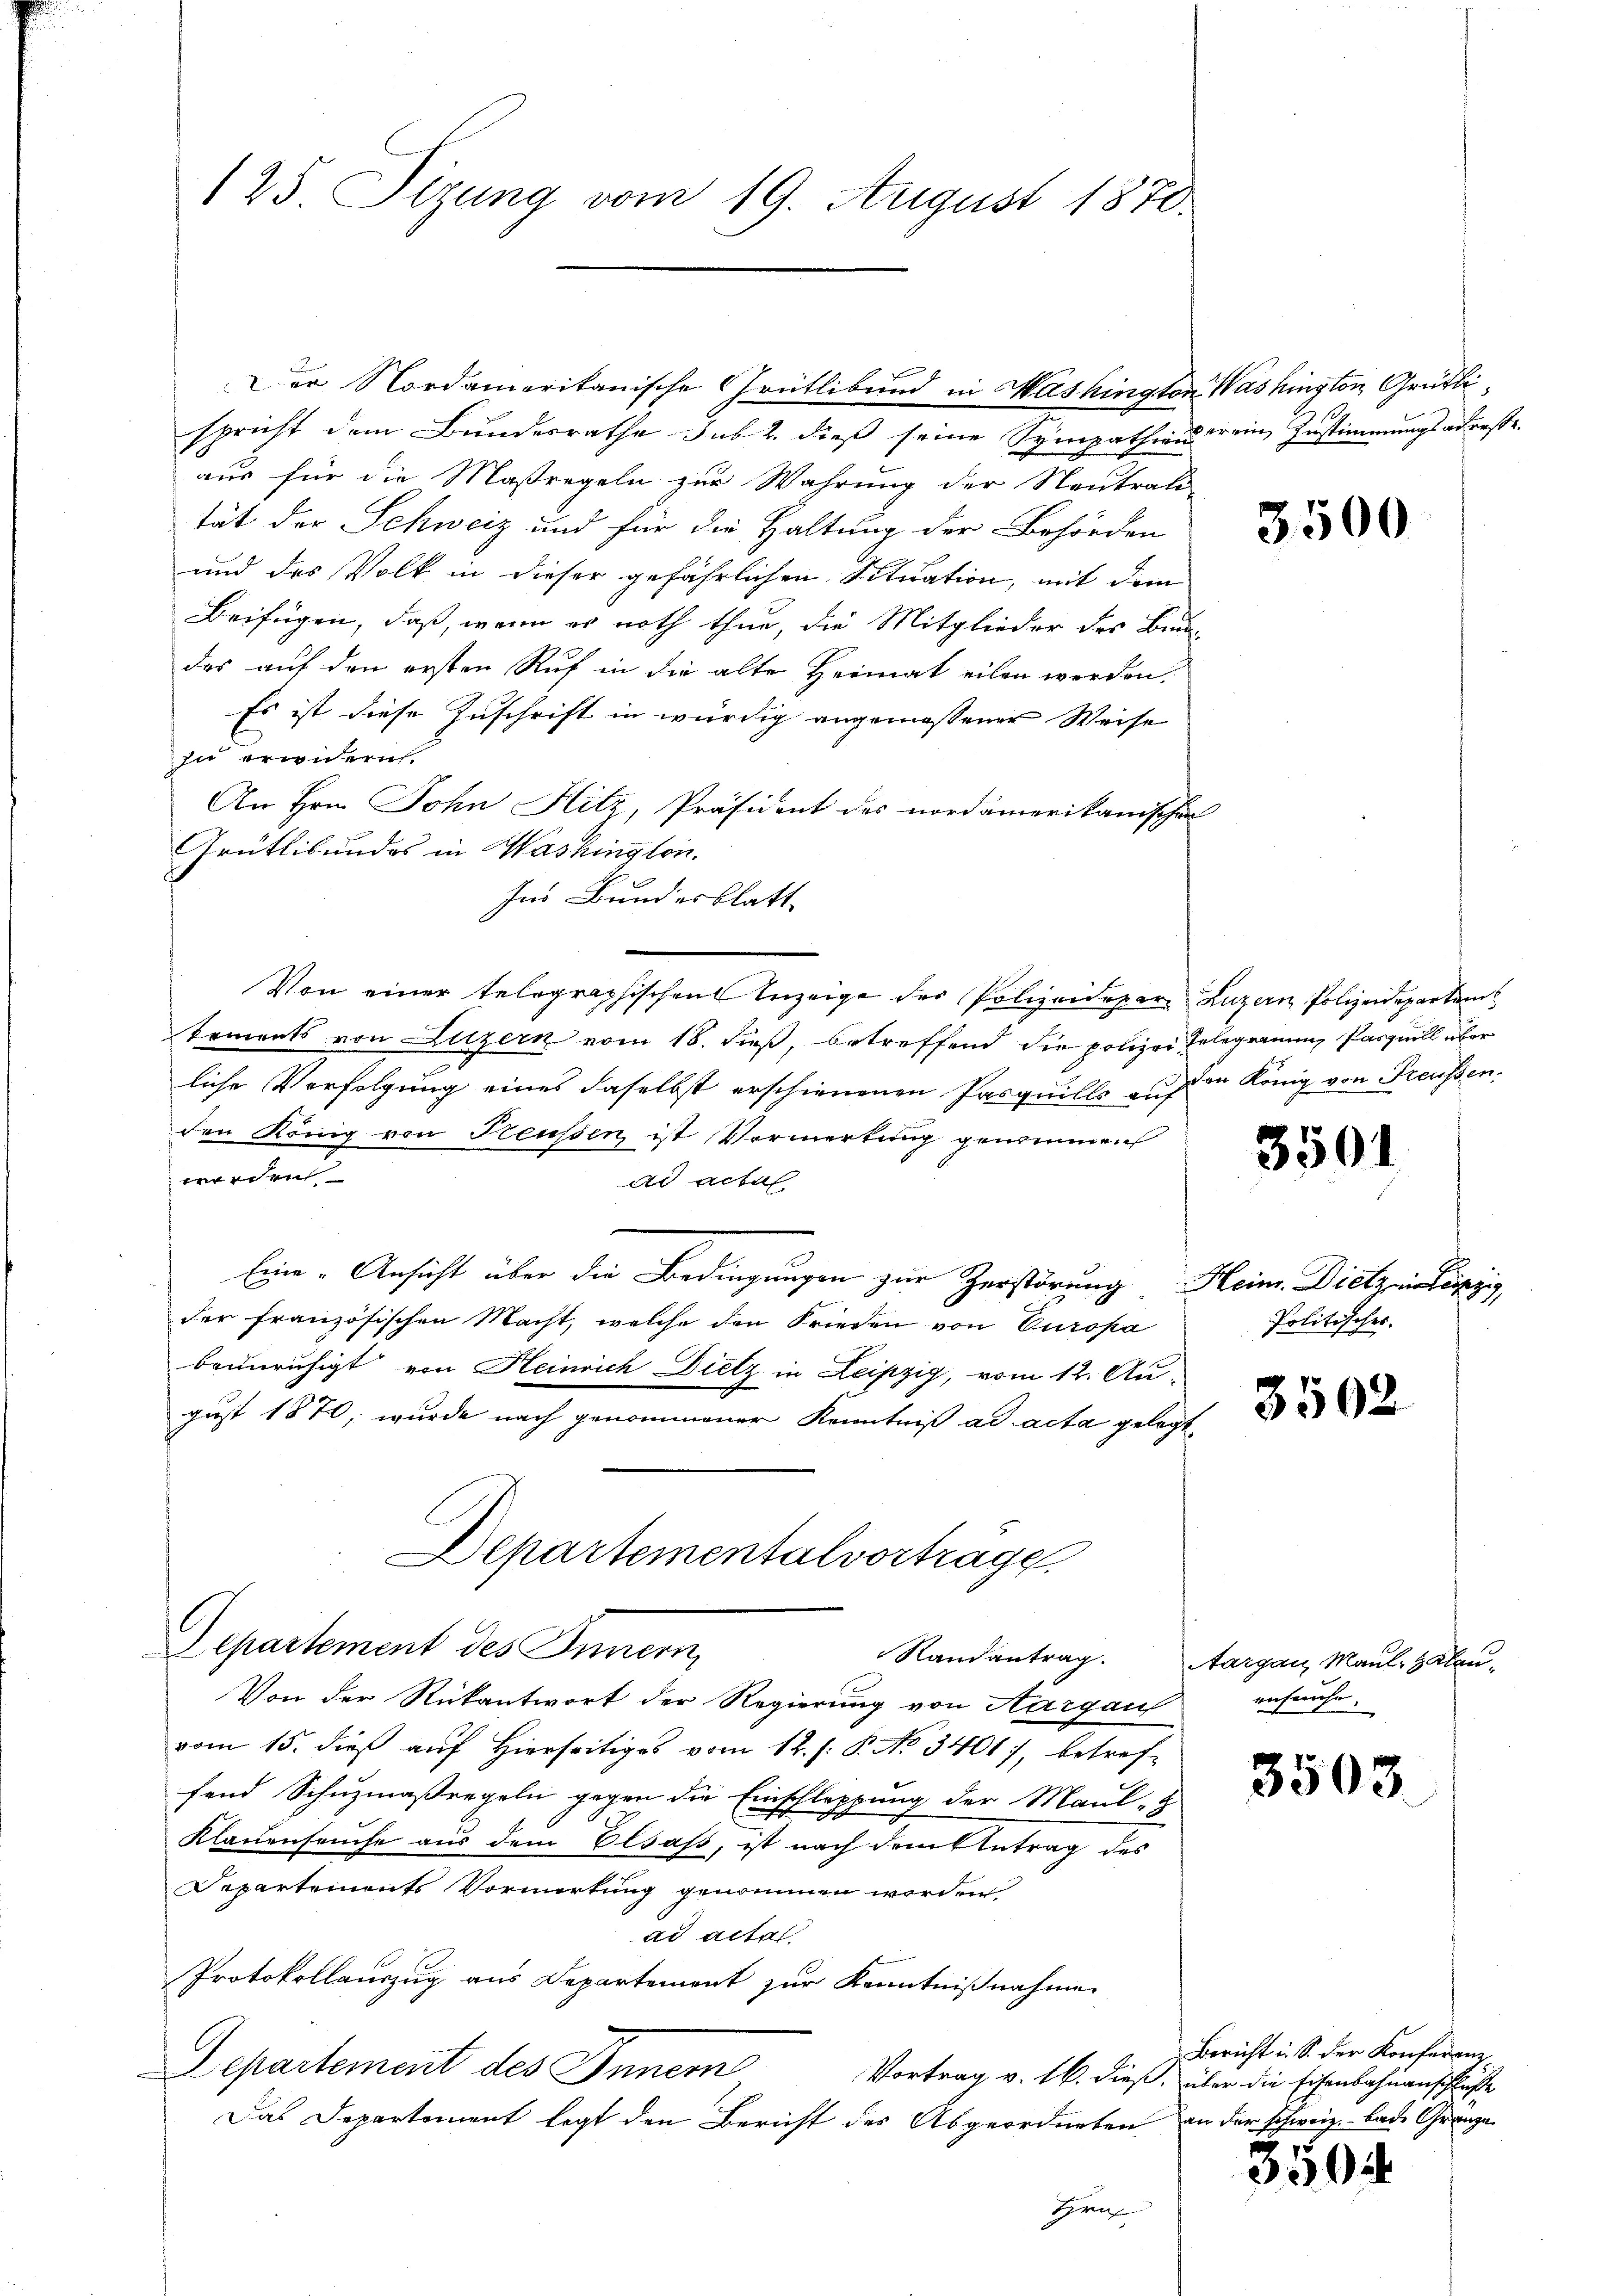
125. Sizung vom 19. August 1870.

spricht dem Bundesrathe sub 2. dieß seine Sympathien drein Zustimmungsabreße.
aus für die Maßregeln zur Wahrung der Neutralität der Schweiz und für die Haltung der Behörden
und das Volk in dieser gefährlichen Situation, mit dem
Beifügen, daß, wenn er noth thun, die Mitglieder des Bundes auf den ersten Ruf in die alte Heimat eilen werden.
Es ist diese Zuschrift in würdig angemessener Weise
zu erwidern.
An Hrn. John Hitz, Präsident des nordamerikanischen
Grütlikundes in Washington.
Ins Bundesblatt
Von einer telegraphischen Anzeige der Polizeideper. Luzern Polizeidepartem
tements von Luzern vom 18. dieß, betreffend die polizei Gelegramm, Parquill über
liche Verfolgung eines daselbst erschienenen Pasquillo auf in König von Preußen.
den König von Preußen ist Vormerkung genommen
werden
ad actal
Eine Ansicht über die Bedingungen zur Zerstörung Heim. Dietz
der französischen Macht, welche den Frieden von Europa
beunruhigt von Heinrich Dietz in Leipzig, vom 12. Au-
gust 1870, wurde nach genommener Kenntniß ad acta gelegt
Departementalvortrage
Separtement des Innern
Randantrag. Aargau, Maul- & Klau¬
Von der Rückantwort der Regierung von Aargau
vom 15. dieß auf Hierseitig vom 12. /: P. No 34017, betreffend Schuzmaßregeln gegen die Einschleppung der Maul-
Klauenseuche aus dem Elsass, ist nach dem Antrag des
Departements Vormerkung genommen worden
ad acta
Protokollauszug aus Departement zur Kenntnißnahme
Departement des Inner
Vortrag v. 16. dieß, über die Eisenbahnanschluße
Das Departement legt den Bericht des Abgeordneten an der schweiz. lade Gränze
Gra

Der Nordameritanische Grütlibend in Mashington Washington Grütli¬

3500

3501

Politisches

3502

enfeuche.

3503.

350.

Bericht i. S. der Konferenz